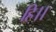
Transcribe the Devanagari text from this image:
हि।।